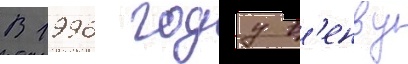
В 1996 году в'енву